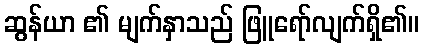
ဆွန်ယာ ၏ မျက်နှာသည် ဖြူရော်လျက်ရှိ၏။